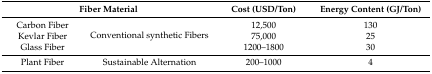
<table><thead><tr><td colspan="2"><b>Fiber Material</b></td><td><b>Cost (USD/Ton)</b></td><td><b>Energy Content (GJ/Ton)</b></td></tr></thead><tbody><tr><td>Carbon Fiber</td><td rowspan="3">Conventional synthetic Fibers</td><td>12,500</td><td>130</td></tr><tr><td>Kevlar Fiber</td><td>75,000</td><td>25</td></tr><tr><td>Glass Fiber</td><td>1200–1800</td><td>30</td></tr><tr><td>Plant Fiber</td><td>Sustainable Alternation</td><td>200–1000</td><td>4</td></tr></tbody></table>